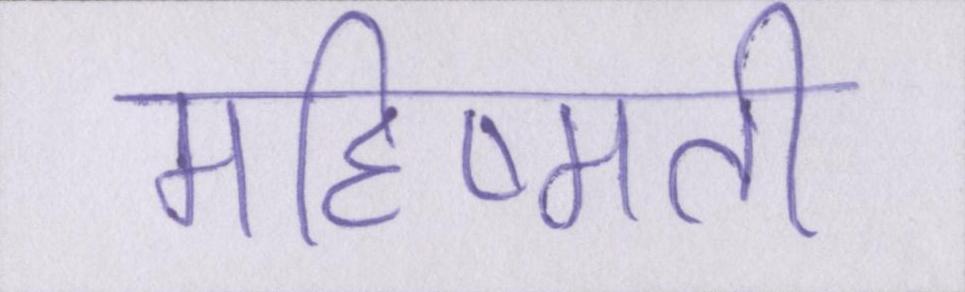
महिष्मती